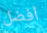
أفضل